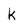
Character: k